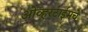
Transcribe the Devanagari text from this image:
ओव्हरटाईमचे